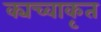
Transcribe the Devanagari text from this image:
क्यच्वाकृत